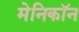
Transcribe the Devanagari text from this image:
मेनिकॉन